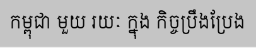
កម្ពុជា មួយ រយៈ ក្នុង កិច្ចប្រឹងប្រែង